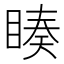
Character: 𭿅